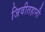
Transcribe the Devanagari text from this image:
जिवीतहानी